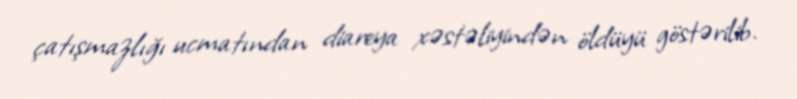
çatışmazlığı ucmatından diareya xəstəliyindən öldüyü göstərilib.